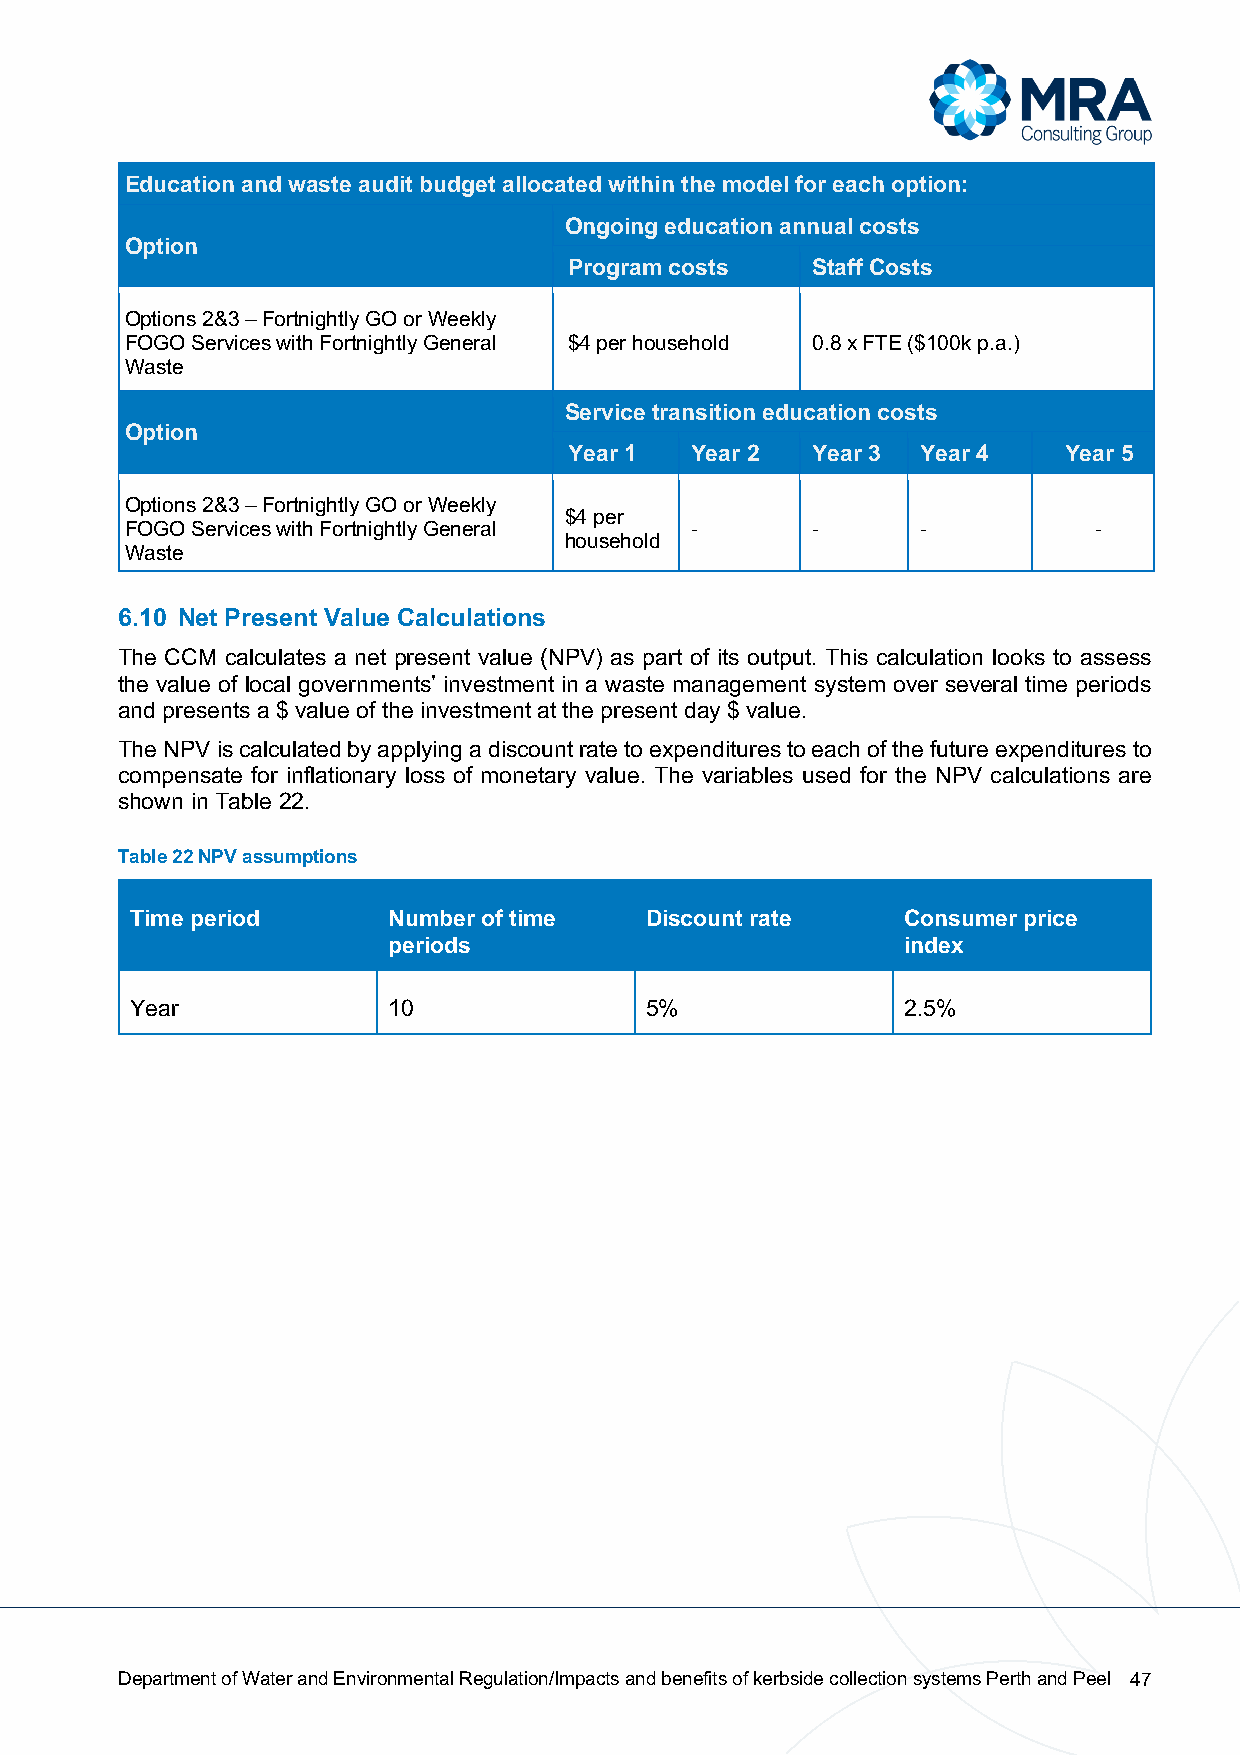
Education and waste audit budget allocated within the model for each option:
 Ongoing education annual costs
 Option
 Program costs   Staff Costs
 Options 2&3 – Fortnightly GO or Weekly
 FOGO Services with Fortnightly General $4 per household 0.8 x FTE ($100k p.a.)
 Waste
 Service transition education costs
 Option
 Year 1  Year 2  Year 3 Year 4   Year 5
 Options 2&3 – Fortnightly GO or Weekly
 $4 per
 FOGO Services with Fortnightly General -      -      -           -
 household
 Waste
 6.10 Net Present Value Calculations
 The CCM calculates a net present value (NPV) as part of its output. This calculation looks to assess
 the value of local governments’ investment in a waste management system over several time periods
 and presents a $ value of the investment at the present day $ value.
 The NPV is calculated by applying a discount rate to expenditures to each of the future expenditures to
 compensate for inflationary loss of monetary value. The variables used for the NPV calculations are
 shown in Table 22.
 Table 22 NPV assumptions
 Time period      Number of time   Discount rate    Consumer price
 periods                           index
 Year             10               5%               2.5%
 Department of Water and Environmental Regulation/Impacts and benefits of kerbside collection systems Perth and Peel 47